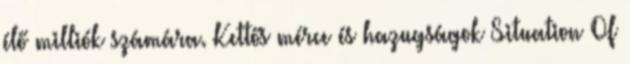
élő milliók számára. Kettős mérce és hazugságok Situation Of